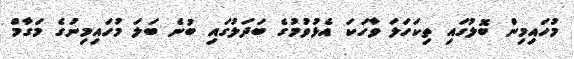
މުހައިމިން ބޮލުގައި ތިކަހަލަ ވާހަކަ އެޅުވުމުގެ ބަދަލުގައި ބުނެ ބަލަ މުހައިމިނުގެ މަގާމް